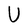
Character: U